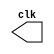
// --------------------------- 
// -- test clock generator (1x3) 
// -- JOS F. R. FONSECA - 405808
// --------------------------- 
 
module clock ( clk ); 
 output clk; 
 reg      clk; 
 initial 
  begin 
   clk = 1'b0; 
  end 
 
 always 
  begin 
   #4 clk = ~clk; 
  end 
 
endmodule // clock ( ) 
 
module Exemplo0045 (signal, clock); 
 
 input  clock; 
 output signal; 
 reg      signal; 
 wire  clk; 
 clock CLK1 ( clk ); 

 always @ ( clock ) 
  begin 
  
  $dumpfile ( "Exemplo045.vcd");
  $dumpvars;
  
      signal = 1'b1; 
  #1  signal = 1'b0; 
  #1  signal = 1'b1; 
  #1  signal = 1'b0; 
 
  #120 $finish; 
 end 
 
endmodule // Exemplo045 ( )